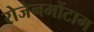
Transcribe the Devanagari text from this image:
रोजेनमोंटाग